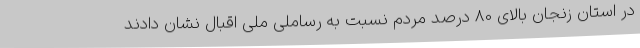
در استان زنجان بالای 80 درصد مردم نسبت به رساملی ملی اقبال نشان دادند